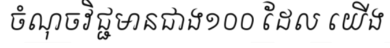
ចំណុចវិជ្ជមានជាង១០០ ដែល យើង